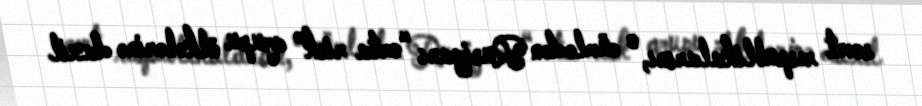
sovet respublikalarını, o cümlədən Rusiyanı “orta risk” qrupu ölkələrinə daxil